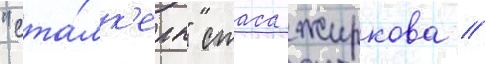
"ста́лк'еры" стаса жиркова //